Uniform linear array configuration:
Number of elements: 48
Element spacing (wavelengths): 1
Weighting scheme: uniform
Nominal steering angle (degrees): -15
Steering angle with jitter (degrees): -14.691
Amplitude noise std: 0.05
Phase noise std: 0.05

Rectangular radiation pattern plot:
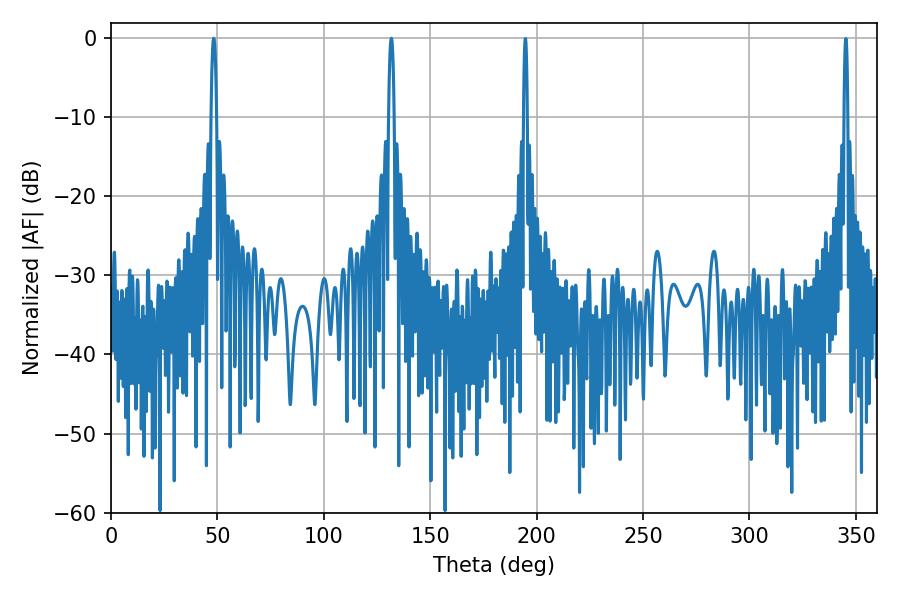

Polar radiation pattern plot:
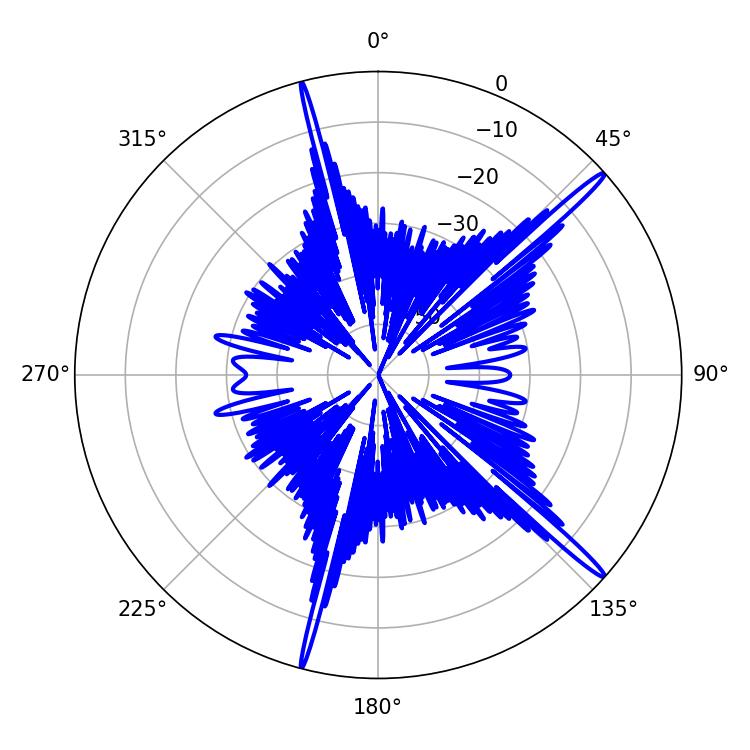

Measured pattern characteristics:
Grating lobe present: TRUE
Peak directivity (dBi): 17.535
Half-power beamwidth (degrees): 1.44
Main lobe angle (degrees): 131.76